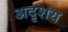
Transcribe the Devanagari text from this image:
अदृशय